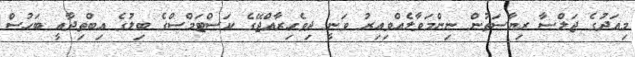
މިއަދުގެ ޖަލްސާ ރިޔާސަތުން ނިންމަވާލެއްވިއިރު ވަނީ ދިވެހިރާއްޖޭގެ ކަސްޓަމްސްގެ ބިލުގެ އިބްތިދާއީ ބަހުސް